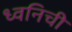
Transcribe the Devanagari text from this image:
ध्वनिची